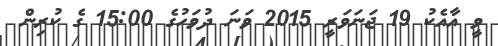
ވީ އާއެކު 19 ޖަނަވަރީ 2015 ވަނަ ދުވަހުގެ 15:00 ގެ ކުރިން